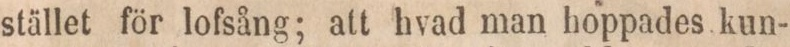
stället för lofsång; att hvad man hoppades kun-